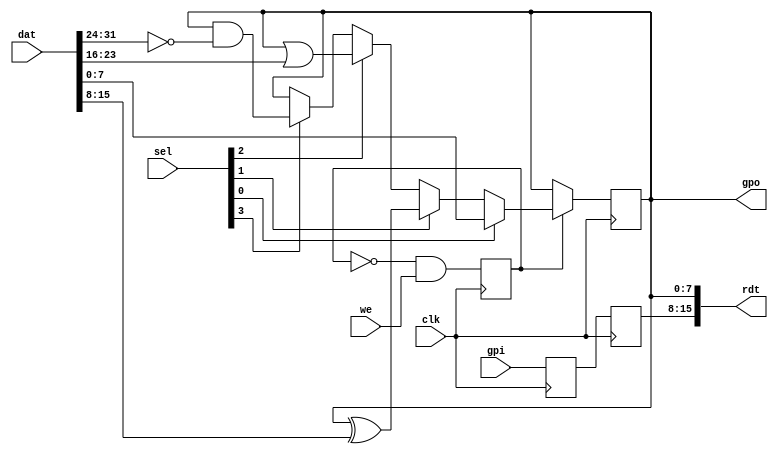
/* SPDX-License-Identifier: [MIT] */

`default_nettype wire
module gpio(
    input clk,
    input           we,
    input   [3:0]   sel,
    input   [31:0]  dat,
    output  [15:0]  rdt,

    output  [7:0]   gpo,
    input   [7:0]   gpi
);

    reg [7:0] gpor;
    reg [7:0] gpis0;
    reg [7:0] gpis1;
    assign gpo        = gpor;
    assign rdt[7:0]   = gpor;
    assign rdt[15:8]  = gpis1;

    /*
     * Write enable is held for 2 clock cycles on this bus cycle. That's ok
     * for everything but the bit toggling xor operation. Force the write
     * enable to assert for only 1 clock cycle since bit toggle is not
     * idempotent. This prevents a 2nd toggle.
     */ 
    reg we1;
    always @(posedge clk)
        we1 <= !we1 && we;

    always @(posedge clk) begin
        if (we1) begin
            if (sel[0])
                gpor <= dat[7:0];            /* assignment */
            else if (sel[1])
                gpor <= gpor ^ dat[15:8];    /* toggle */
            else if (sel[2])
                gpor <= gpor | dat[23:16];   /* set */
            else if (sel[3])
                gpor <= gpor & ~(dat[31:24]);/* clear */
        end

        gpis0 <= gpi;
        gpis1 <= gpis0;
    end

endmodule